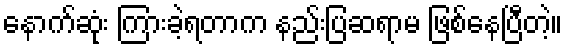
နောက်ဆုံး ကြားခဲ့ရတာက နည်းပြဆရာမ ဖြစ်နေပြီတဲ့။